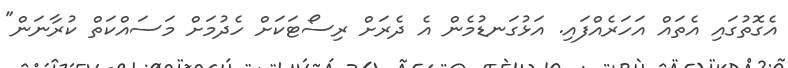
އެގޮތުގައި އެތައް އަހަރެއްފައި. އަޅުގަނޑުމެން އެ ދެރަށް ރިސޯޓަކަށް ހެދުމަށް މަސައްކަތް ކުރާނަން"